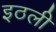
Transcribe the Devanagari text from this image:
इठली